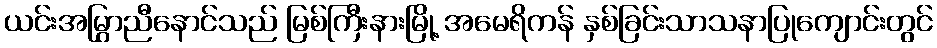
ယင်းအမြွှာညီနောင်သည် မြစ်ကြီးနားမြို့ အမေရိကန် နှစ်ခြင်းသာသနာပြုကျောင်းတွင်